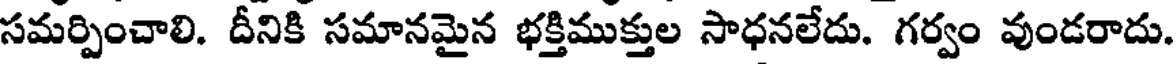
సమర్పించాలి. దీనికి సమానమైన భక్తిముక్తుల సాధనలేదు. గర్వం వుండరాదు.